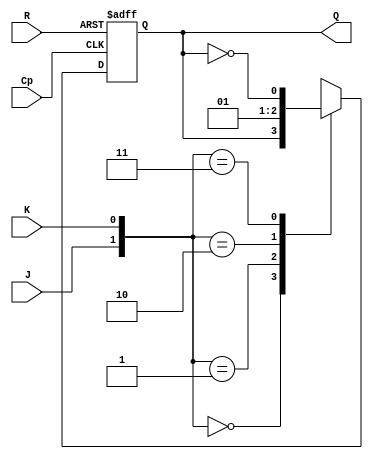
/*
===================================================================
Project Name    : 227
File Name       : 1_4_2.v
Encoding        : UTF-8
Creation Date   : 2021/4/15
===================================================================
*/

module JK_FF(J, K, R, Cp, Q);
	input J, K, R, Cp;
	output Q;
	reg Q;

	always @(posedge Cp or posedge R) begin
		Q <= 1'b0; //
		// if => 
		if(~R == 1'b0)
			Q <= 1'b0;
		else
			case({J, K})
				2'b00: Q <= Q;
				2'b01: Q <= 1'b0;
				2'b10: Q <= 1'b1;
				2'b11: Q <= ~Q;
			endcase
	end
endmodule

module JK7counter(Cp, R, y1, y2, y3);
	input Cp, R;
	output y1, y2, y3;

	wire tmp1, tmp2, tmp3;

	and(tmp1, y1, y2);
	nand(tmp2, y2, y3);
	nand(tmp3, ~y1, ~y3);

	JK_FF ex1(tmp2, 1'b1, R, Cp, y1);
	JK_FF ex2(y1, tmp3, R, Cp, y2);
	JK_FF ex3(tmp1, y2, R, Cp, y3);

endmodule